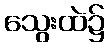
သွေးထဲ၌